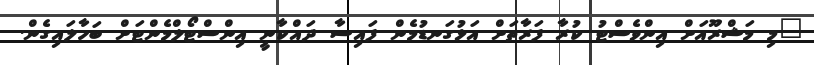
"މި މަޝްރޫއަށް އިންވެސްޓު ކުރާ ފަރާތަށް އަޅުގަނޑުމެން ފައިސާ ދައްކާނީ އިންސްޓޯލްމެންޓަށް ބަހާލައިގެން.